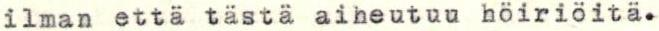
ilman että tästä aiheutuu höiriöitä.